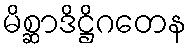
မိစ္ဆာဒိဋ္ဌိဂတေန